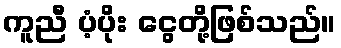
ကူညီ ပံ့ပိုး ငွေတို့ဖြစ်သည်။